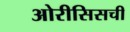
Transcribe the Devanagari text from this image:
ओरीसिसची